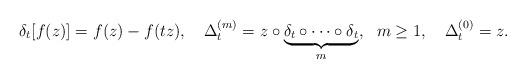
LaTeX: \begin{align*}\delta_{t}[f(z)]=f(z)-f(tz),\quad\Delta_{t}^{(m)}=z\circ\underbrace{\delta_{t}\circ\cdots\circ\delta_{t}}_{m},\ \ m\geq 1,\quad\Delta_{t}^{(0)}=z.\end{align*}